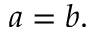
a = b .